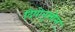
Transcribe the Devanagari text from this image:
दियोनूसोस्